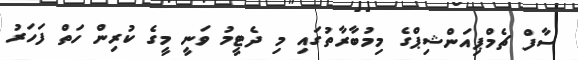
ސާފް ޗެމްޕިއަންޝިޕްގެ މިމުބާރާތުގައި މި ދެޓީމު ވަނީ މީގެ ކުރިން ހަތް ފަހަރު